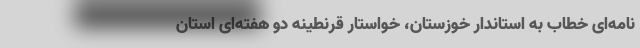
نامه‌ای خطاب به استاندار خوزستان، خواستار قرنطینه دو هفته‌ای استان